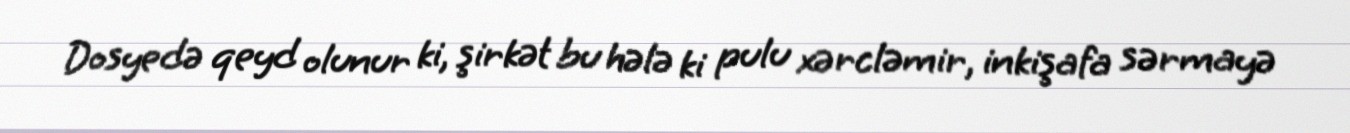
Dosyedə qeyd olunur ki, şirkət bu hələ ki pulu xərcləmir, inkişafa sərmayə